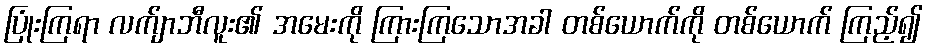
ပြုံးကြရာ လက်ျာဘီလူး၏ အမေးကို ကြားကြသောအခါ တစ်ယောက်ကို တစ်ယောက် ကြည့်၍